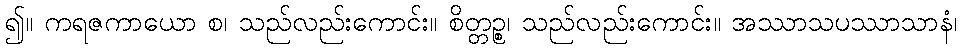
၍။ ကရဇကာယော စ၊ သည်လည်းကောင်း။ စိတ္တဉ္စ၊ သည်လည်းကောင်း။ အဿာသပဿာသာနံ၊